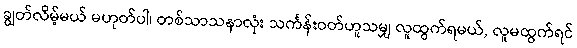
ချွတ်လိမ့်မယ် မဟုတ်ပါ၊ တစ်သာသနာလုံး သင်္ကန်းဝတ်ဟူသမျှ လူထွက်ရမယ်, လူမထွက်ရင်